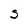
Character: S